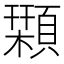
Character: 𩔛